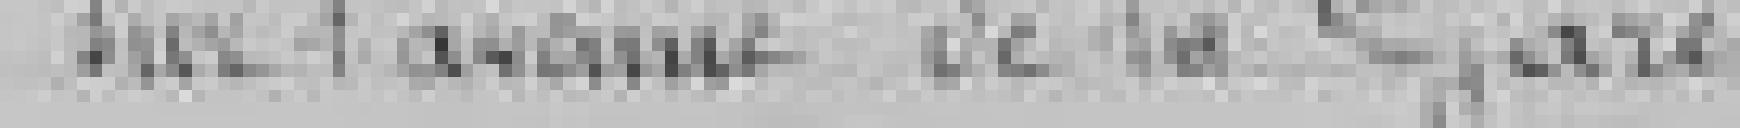
sur l'avenue de la Gare